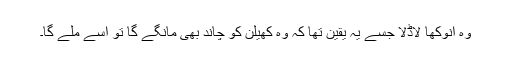
وہ انوکھا لاڈلا جسے یہ یقین تھا کہ وہ کھیلن کو چاند بھی مانگے گا تو اسے ملے گا۔